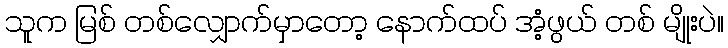
သူက မြစ် တစ်လျှောက်မှာတော့ နောက်ထပ် အံ့ဖွယ် တစ် မျိုးပဲ။